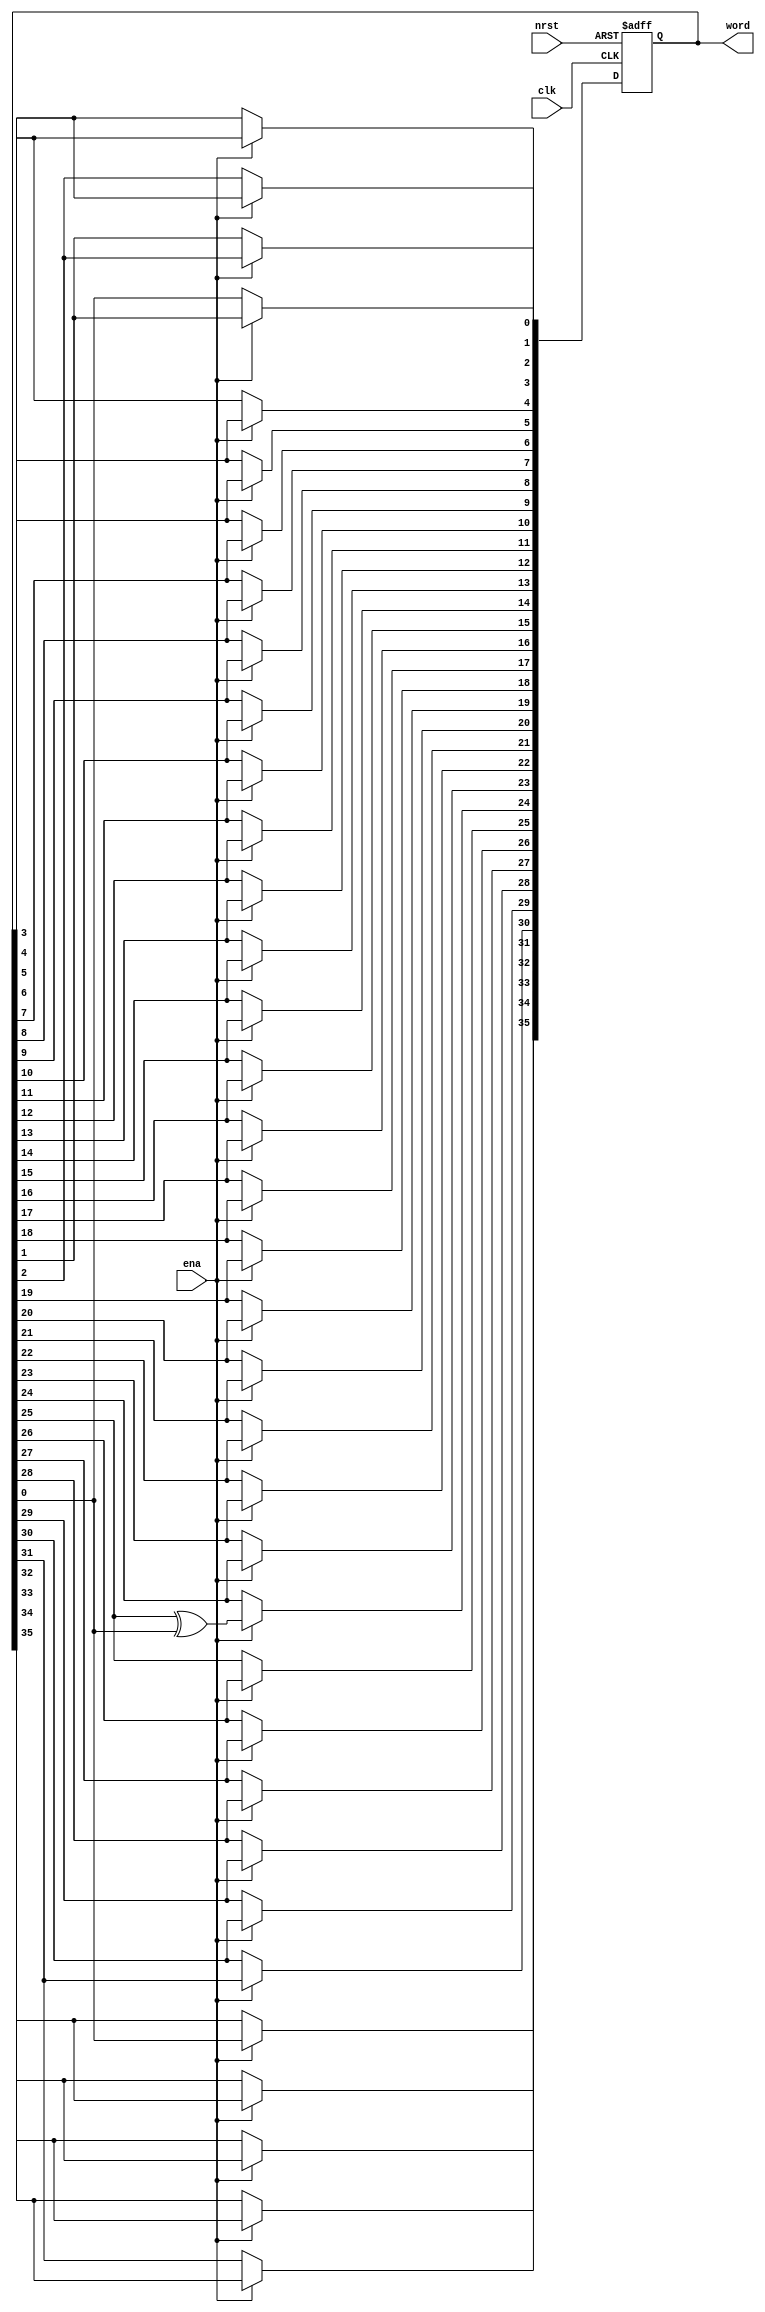
module rw_manager_lfsr36(
	clk, 
	nrst, 
	ena, 
	word
);

	input clk;
	input nrst;
	input ena;
	output reg [35:0] word;

	always @(posedge clk or negedge nrst) begin
		if(~nrst) begin
			word <= 36'hF0F0AA55;
		end
		else if(ena) begin
			word[35] <= word[0];
			word[34] <= word[35];
			word[33] <= word[34];
			word[32] <= word[33];
			word[31] <= word[32];
			word[30] <= word[31];
			word[29] <= word[30];
			word[28] <= word[29];
			word[27] <= word[28];
			word[26] <= word[27];
			word[25] <= word[26];
			word[24] <= word[25] ^ word[0];
			word[23] <= word[24];
			word[22] <= word[23];
			word[21] <= word[22];
			word[20] <= word[21];
			word[19] <= word[20];
			word[18] <= word[19];
			word[17] <= word[18];
			word[16] <= word[17];
			word[15] <= word[16];
			word[14] <= word[15];
			word[13] <= word[14];
			word[12] <= word[13];
			word[11] <= word[12];
			word[10] <= word[11];
			word[9] <= word[10];
			word[8] <= word[9];
			word[7] <= word[8];
			word[6] <= word[7];
			word[5] <= word[6];
			word[4] <= word[5];
			word[3] <= word[4];
			word[2] <= word[3];
			word[1] <= word[2];
			word[0] <= word[1];
		end
	end

endmodule